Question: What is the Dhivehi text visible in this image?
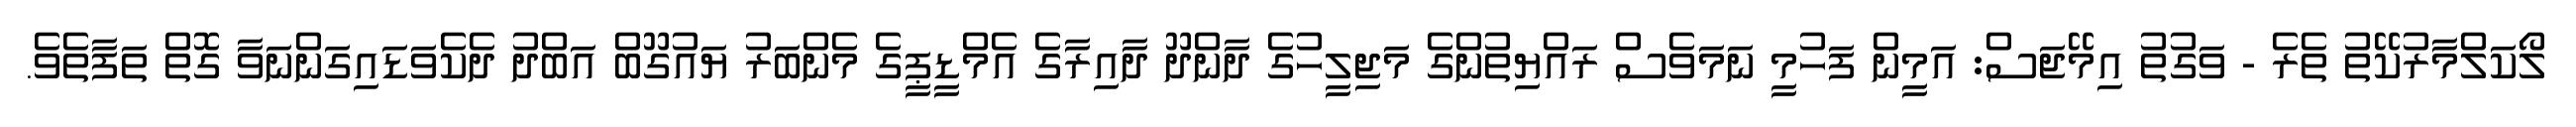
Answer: ލޯކަލްމާރުކޭތު ތެރެ - ވަގުތު އިމޭޖަސް: އަމީން ފަހުމީ ނަމަވެސް ރައްޔިތުންގެ މަޖިލީހުގެ ދާންދޫ ދާއިރާގެ އެމްޑީޕީގެ މެންބަރު ޔައުގޫބް އަބްދު ދެކެވަޑައިގަންނަވާ ގޮތް ތަފާތެވެ.